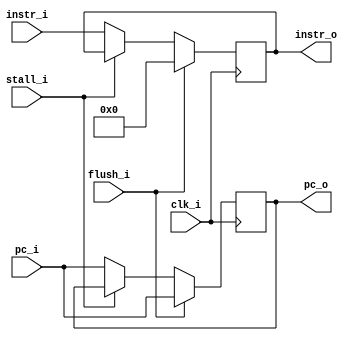
module IF_ID(
    clk_i      ,
    pc_i       ,
    instr_i    ,
    stall_i   ,
    flush_i    ,
    pc_o 	   ,
    instr_o   
);

input 				clk_i, stall_i, flush_i;
input   [31:0]      pc_i;
input	[31:0] 		instr_i;

output reg  [31:0]      pc_o;
output reg	[31:0] 		instr_o;

always @(posedge clk_i) begin
    if (flush_i == 1'b1) begin
        pc_o <= pc_i;
        instr_o <= 32'b0;
    end
    else if (stall_i == 1'b1) begin
    	pc_o <= pc_o;
        instr_o <= instr_o;
    end
    else begin
    	pc_o <= pc_i;
        instr_o <= instr_i;
    end
end
endmodule